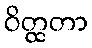
ဝိတ္ထတာ